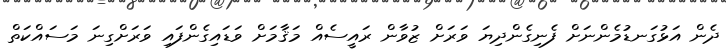
ދެން އަޅުގަނޑުމެންނަށް ފެނިގެންދިޔަ ވަރަށް ޒުވާން ރައީސެއް މަޤާމަށް ވަޑައިގެންފައި ވަރަށްގިނަ މަސައްކަތް